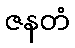
ဇနတံ